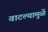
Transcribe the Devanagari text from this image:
वाटल्यामुळें